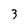
Character: 3